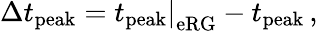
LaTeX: \Delta t_{\mathrm{peak}}=\left.t_{\mathrm{peak}}\right|_{\mathrm{eRG}}-t_{\mathrm{peak}}\, ,